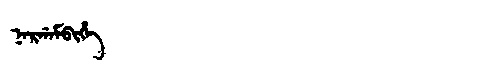
Manchu: ᠨᠠᡵᡤᠠᠮᠪᡳᡥᡝ
Romanization: NARGAMBIHE